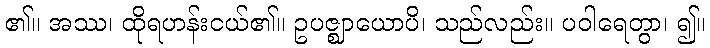
၏။ အဿ၊ ထိုရဟန်းငယ်၏။ ဥပဇ္ဈာယောပိ၊ သည်လည်း။ ပဝါရေတွာ၊ ၍။